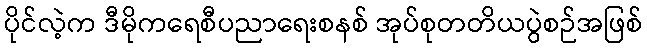
ပိုင်လဲ့က ဒီမိုကရေစီပညာရေးစနစ် အုပ်စုတတိယပွဲစဉ်အဖြစ်